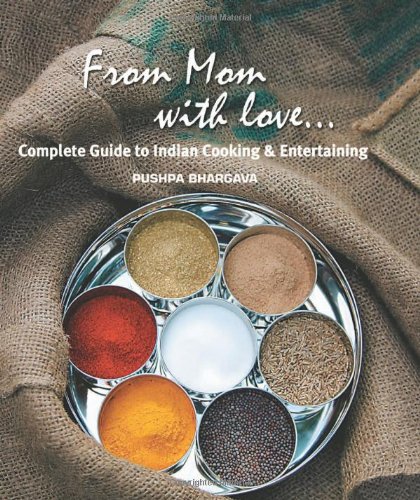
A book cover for From Mom with love: Complete Guide to Indian Cooking and Entertaining; Pushpa Bhargava; Cookbooks, Food & Wine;